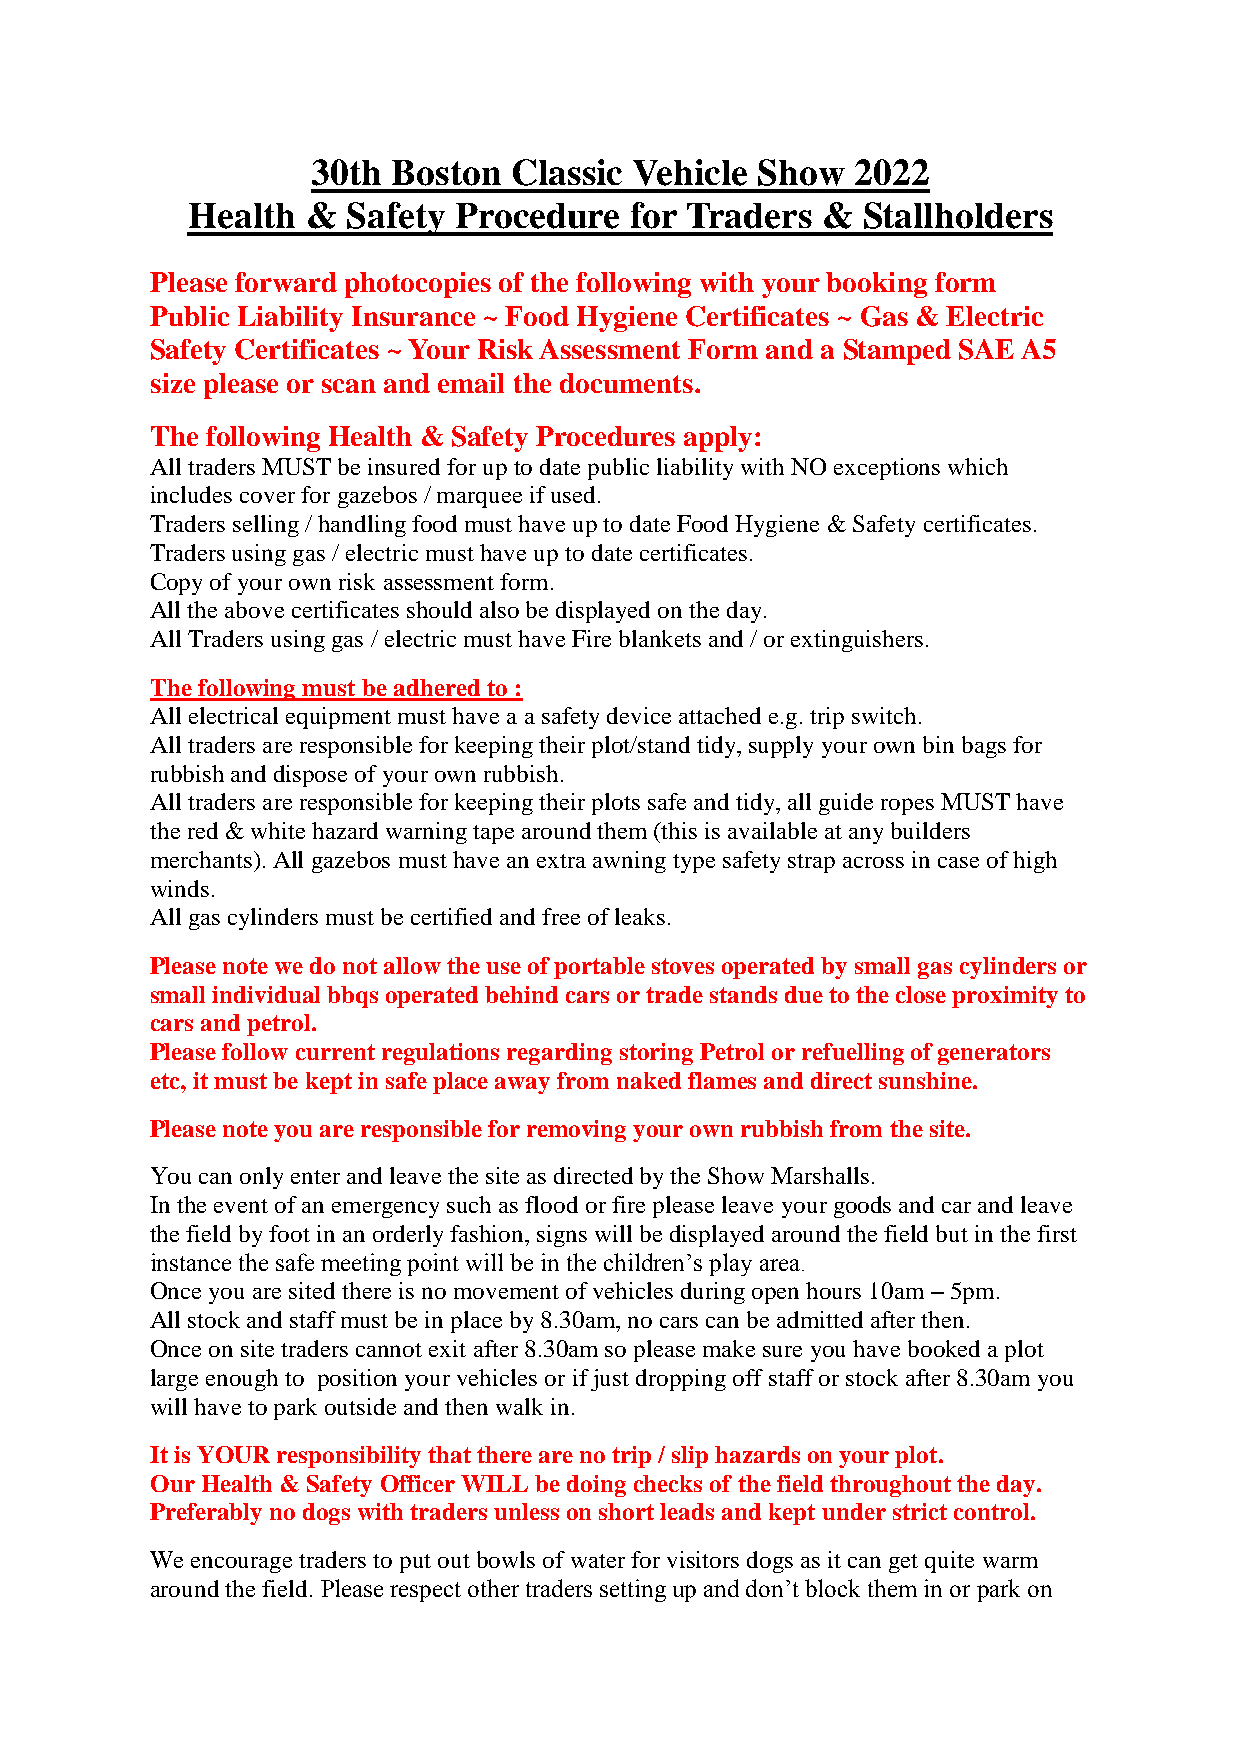
30th Boston  Classic Vehicle Show   2022
 Health  &  Safety Procedure   for Traders &  Stallholders
 Please forward photocopies of the following with your booking form
 Public Liability Insurance ~ Food Hygiene Certificates ~ Gas & Electric
 Safety Certificates ~ Your Risk Assessment Form and a Stamped SAE A5
 size please or scan and email the documents.
 The following Health & Safety Procedures apply:
 All traders MUST be insured for up to date public liability with NO exceptions which
 includes cover for gazebos / marquee if used.
 Traders selling / handling food must have up to date Food Hygiene & Safety certificates.
 Traders using gas / electric must have up to date certificates.
 Copy of your own risk assessment form.
 All the above certificates should also be displayed on the day.
 All Traders using gas / electric must have Fire blankets and / or extinguishers.
 The following must be adhered to :
 All electrical equipment must have a a safety device attached e.g. trip switch.
 All traders are responsible for keeping their plot/stand tidy, supply your own bin bags for
 rubbish and dispose of your own rubbish.
 All traders are responsible for keeping their plots safe and tidy, all guide ropes MUST have
 the red & white hazard warning tape around them (this is available at any builders
 merchants). All gazebos must have an extra awning type safety strap across in case of high
 winds.
 All gas cylinders must be certified and free of leaks.
 Please note we do not allow the use of portable stoves operated by small gas cylinders or
 small individual bbqs operated behind cars or trade stands due to the close proximity to
 cars and petrol.
 Please follow current regulations regarding storing Petrol or refuelling of generators
 etc, it must be kept in safe place away from naked flames and direct sunshine.
 Please note you are responsible for removing your own rubbish from the site.
 You can only enter and leave the site as directed by the Show Marshalls.
 In the event of an emergency such as flood or fire please leave your goods and car and leave
 the field by foot in an orderly fashion, signs will be displayed around the field but in the first
 instance the safe meeting point will be in the children’s play area.
 Once you are sited there is no movement of vehicles during open hours 10am – 5pm.
 All stock and staff must be in place by 8.30am, no cars can be admitted after then.
 Once on site traders cannot exit after 8.30am so please make sure you have booked a plot
 large enough to position your vehicles or if just dropping off staff or stock after 8.30am you
 will have to park outside and then walk in.
 It is YOUR responsibility that there are no trip / slip hazards on your plot.
 Our Health & Safety Officer WILL be doing checks of the field throughout the day.
 Preferably no dogs with traders unless on short leads and kept under strict control.
 We encourage traders to put out bowls of water for visitors dogs as it can get quite warm
 around the field. Please respect other traders setting up and don’t block them in or park on